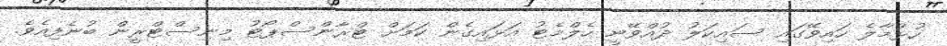
ހުޅުމާލެ ހައިވޭގައި ސައިކަލު ދުއްވޭނީ ހެލްމެޓު އަޅައިގެން ކަމަށް ޓްރާންސްޕޯޓު މިނިސްޓްރީން ބުނެފިއެވެ.